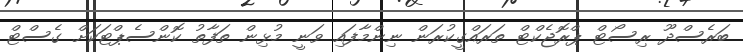
ބަރެސްދޫ ރިސޯޓް ޕްރޮޖެކްޓް ތަރައްގީކުރަން ނިންމާފައި ވަނީ މުޅިން ތަފާތު ކޮންސެޕްޓަކަށް ގެސްޓް